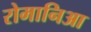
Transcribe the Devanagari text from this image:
रोमानिआ